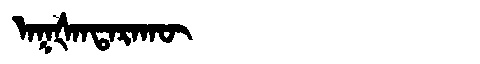
Manchu: ᠠᡴᡧᠠᠨᡨᠠᡵᠠᡴᡡ
Romanization: AKŠANTARAKŪ